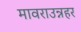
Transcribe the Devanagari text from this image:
मावराउन्नहर